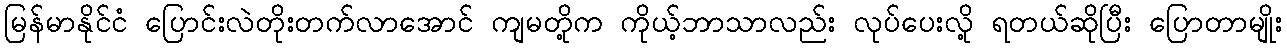
မြန်မာနိုင်ငံ ပြောင်းလဲတိုးတက်လာအောင် ကျမတို့က ကိုယ့်ဘာသာလည်း လုပ်ပေးလို့ ရတယ်ဆိုပြီး ပြောတာမျိုး